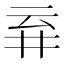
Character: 𬼾